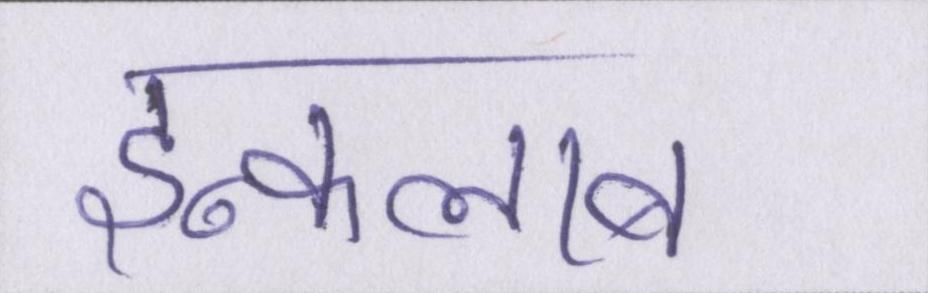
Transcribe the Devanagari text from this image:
इन्कलाब